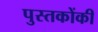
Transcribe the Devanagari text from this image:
पुस्‍तकोंकी